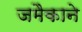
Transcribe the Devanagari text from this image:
जमैकाने